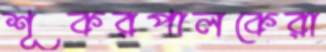
শূকরপালকেরা